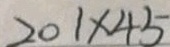
2 0 1 \times 4 5